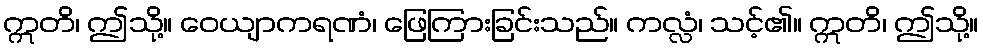
ဣတိ၊ ဤသို့။ ဝေယျာကရဏံ၊ ဖြေကြားခြင်းသည်။ ကလ္လံ၊ သင့်၏။ ဣတိ၊ ဤသို့။